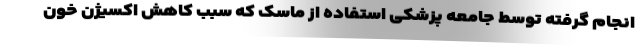
انجام گرفته توسط جامعه پزشکی استفاده از ماسک که سبب کاهش اکسیژن خون